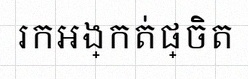
រកអង្កត់ផ្ចិត